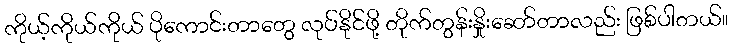
ကိုယ့်ကိုယ်ကိုယ် ပိုကောင်းတာတွေ လုပ်နိုင်ဖို့ တိုက်တွန်းနှိုးဆော်တာလည်း ဖြစ်ပါတယ်။